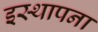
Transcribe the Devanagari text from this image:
इस्थापना